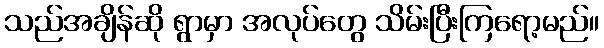
သည်အချိန်ဆို ရွာမှာ အလုပ်တွေ သိမ်းပြီးကြရော့မည်။